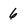
Character: 6